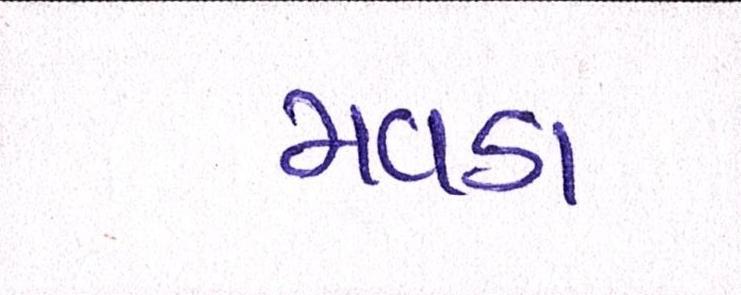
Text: મવડા